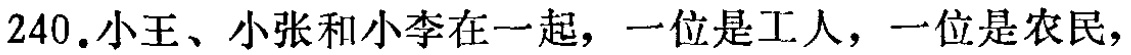
240.小王、小张和小李在一起，一位是工人，一位是农民，